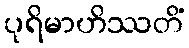
ပုရိမာဟိဿတိံ